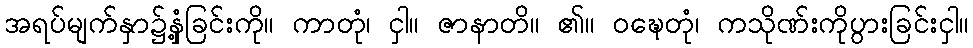
အရပ်မျက်နှာ၌နှံ့ခြင်းကို။ ကာတုံ၊ ငှါ။ ဇာနာတိ။ ၏။ ဝဍ္ဎေတုံ၊ ကသိုဏ်းကိုပွားခြင်းငှါ။